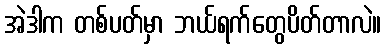
အဲဒါက တစ်ပတ်မှာ ဘယ်ရက်တွေပိတ်တာလဲ။